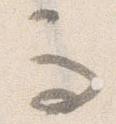
而